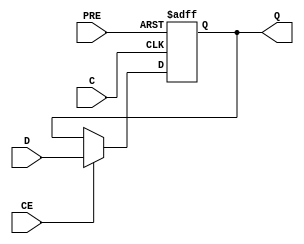
`ifdef verilator3
`else
`timescale 1 ps / 1 ps
`endif
//
// FDPE primitive for Xilinx FPGAs
// Compatible with Verilator tool (www.veripool.org)
// Copyright (c) 2019-2022 Frdric REQUIN
// License : BSD
//

module FDPE
#(
    parameter [0:0] IS_C_INVERTED   = 1'b0,
    parameter [0:0] IS_D_INVERTED   = 1'b0,
    parameter [0:0] IS_PRE_INVERTED = 1'b0,
    parameter [0:0] INIT            = 1'b0
)
(
    // Clock
    input  wire C,
    // Clock enable
    input  wire CE,
    // Asynchronous preset
    input  wire PRE,
    // Data in
    input  wire D,
    // Data out
    output wire Q
);
    reg    _r_Q;
    
    wire   _w_PRE = PRE ^ IS_PRE_INVERTED;
    wire   _w_D   = D   ^ IS_D_INVERTED;
    
    initial begin : INIT_STATE
        _r_Q = INIT[0];
    end

    generate
        if (IS_C_INVERTED) begin : GEN_CLK_NEG
            always @(negedge C or posedge _w_PRE) begin
            
                if (_w_PRE) begin
                    _r_Q <= 1'b1;
                end
                else if (CE) begin
                    _r_Q <= _w_D;
                end
            end
        end
        else begin : GEN_CLK_POS
            always @(posedge C or posedge _w_PRE) begin
            
                if (_w_PRE) begin
                    _r_Q <= 1'b1;
                end
                else if (CE) begin
                    _r_Q <= _w_D;
                end
            end
        end
    endgenerate
    
    assign Q = _r_Q;

endmodule